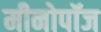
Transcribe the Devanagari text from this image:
मीनोपॉज